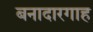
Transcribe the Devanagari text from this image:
बनादारगाह